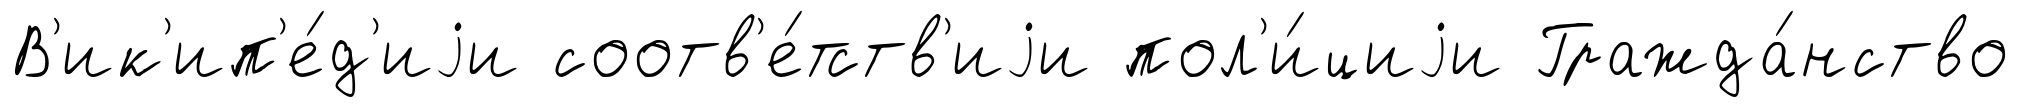
В'ик'ип'е́д'иjи соотв'е́тств'иjи пол'и́циjи Гражда́нство